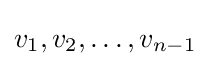
v_{1},v_{2},\dots ,v_{n-1}